Scottish Leaving Certificate Examination, 1956
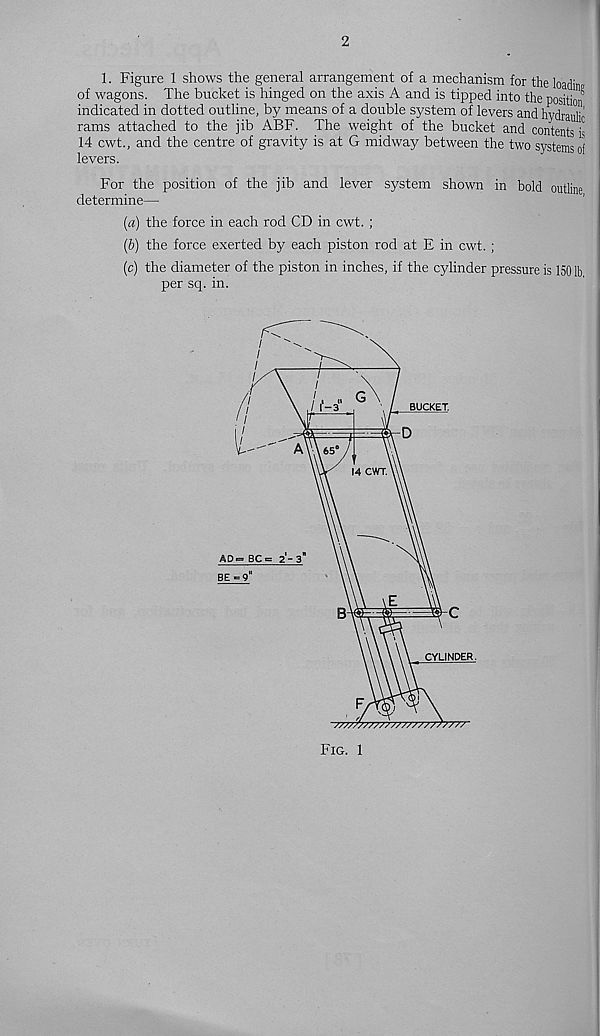
2
1. Figure 1 shows the general arrangement of a mechanism for the loadin
of wagons. The bucket is hinged on the axis A and is tipped into the position
indicated in dotted outline, by means of a double system of levers and hydrauli'
rams attached to the jib ABF. The weight of the bucket and contents is
14 cwt., and the centre of gravity is at G midway between the two systems of
levers.
For the position of the jib and lever system shown in bold outline
determine—
(a) the force in each rod CD in cwt. ;
(b) the force exerted by each piston rod at E in cwt. ;
(c) the diameter of the piston in inches, if the cylinder pressure is 150 lb
per sq. in.
Fig. 1